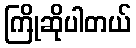
ကြိုဆိုပါတယ်